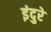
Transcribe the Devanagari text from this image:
इंदुरे